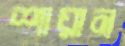
শায়ান